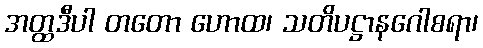
အတ္ထဒီပါ တတော ဟောထ၊ သတိပဋ္ဌာနဂေါစရာ၊